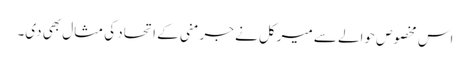
اس مخصوص حوالے سے میرکل نے جرمنی کے اتحاد کی مثال بھی دی۔